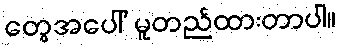
တွေအပေါ် မူတည်ထားတာပါ။